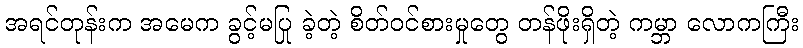
အရင်တုန်းက အမေက ခွင့်မပြု ခဲ့တဲ့ စိတ်ဝင်စားမှုတွေ တန်ဖိုးရှိတဲ့ ကမ္ဘာ လောကကြီး